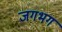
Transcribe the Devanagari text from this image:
जगभग